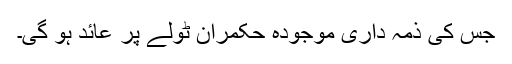
جس کی ذمہ داری موجودہ حکمران ٹولے پر عائد ہو گی۔